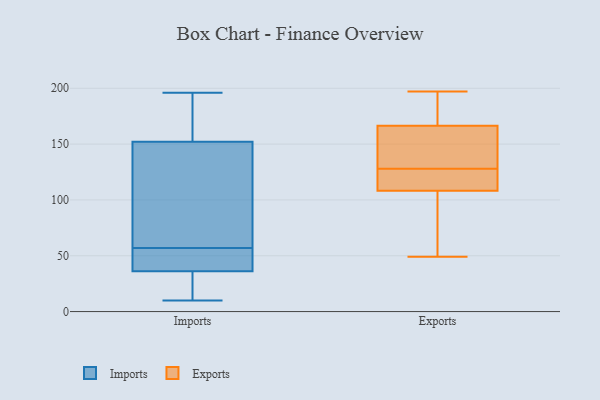
{"axis": {"x": "Demand Index", "y": "Value"}, "legend": ["Exports", "Imports"], "data": [{"x": "", "y": 83, "type": "Imports"}, {"x": "", "y": 57, "type": "Imports"}, {"x": "", "y": 44, "type": "Imports"}, {"x": "", "y": 193, "type": "Imports"}, {"x": "", "y": 53, "type": "Imports"}, {"x": "", "y": 42, "type": "Imports"}, {"x": "", "y": 152, "type": "Imports"}, {"x": "", "y": 196, "type": "Imports"}, {"x": "", "y": 28, "type": "Imports"}, {"x": "", "y": 34, "type": "Imports"}, {"x": "", "y": 14, "type": "Imports"}, {"x": "", "y": 152, "type": "Imports"}, {"x": "", "y": 57, "type": "Imports"}, {"x": "", "y": 195, "type": "Imports"}, {"x": "", "y": 10, "type": "Imports"}, {"x": "", "y": 171, "type": "Exports"}, {"x": "", "y": 108, "type": "Exports"}, {"x": "", "y": 49, "type": "Exports"}, {"x": "", "y": 197, "type": "Exports"}, {"x": "", "y": 109, "type": "Exports"}, {"x": "", "y": 128, "type": "Exports"}, {"x": "", "y": 132, "type": "Exports"}, {"x": "", "y": 153, "type": "Exports"}, {"x": "", "y": 180, "type": "Exports"}, {"x": "", "y": 115, "type": "Exports"}, {"x": "", "y": 88, "type": "Exports"}]}